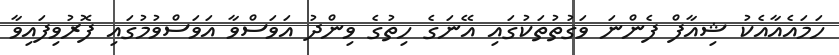
ހަމައެއާއެކު ޝިއާފް ފެންނަ ވަގުތުތަކުގައި އޭނަގެ ހިތުގެ ވިންދު އަވަސްވާ އަވަސްވުމުގައި ފޮރުވިފައިވާ